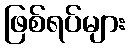
ဖြစ်ရပ်များ